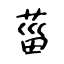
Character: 菑